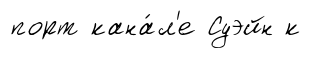
порт кана́л'е Суэйн к